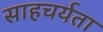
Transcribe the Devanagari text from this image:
साहचर्यता